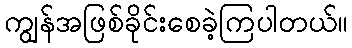
ကျွန်အဖြစ်ခိုင်းစေခဲ့ကြပါတယ်။